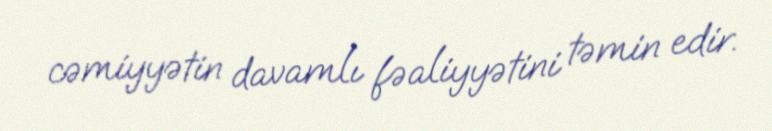
cəmiyyətin davamlı fəaliyyətini təmin edir.